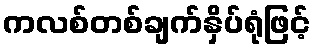
ကလစ်တစ်ချက်နှိပ်ရုံဖြင့်